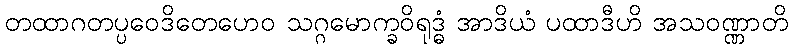
တထာဂတပ္ပဝေဒိတေဟေဝ သဂ္ဂမောက္ခဝိရုဒ္ဓံ အာဒိယံ ပထာဒီဟိ အသဝဏ္ဏာတိ